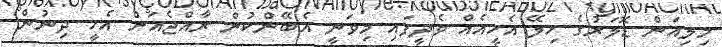
މިލިއަން ޑޮލަރުގެ ހިލޭ އެހީއެއް ވެދީފައި މިވަނީ އެބޭންކުން ރާއްޖެއަށް އެހީ ދިނުން